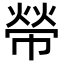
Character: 𢄋